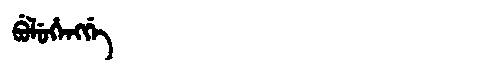
Manchu: ᠪᡠᠯᡠᡥᡝᠩᡤᡝ
Romanization: BULUHENGGE